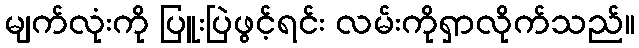
မျက်လုံးကို ပြူးပြဲဖွင့်ရင်း လမ်းကိုရှာလိုက်သည်။